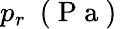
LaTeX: p_{r}~\mathrm{~(~P~a~)~}